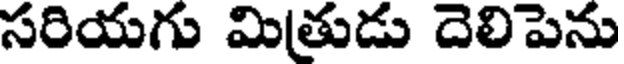
సరియగు మితుడు దెలిపెను